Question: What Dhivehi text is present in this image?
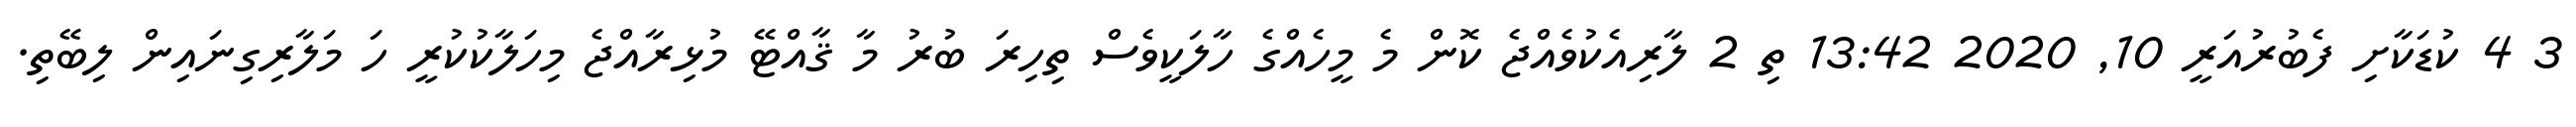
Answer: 3 4 ކުޑަކާށި ފެބުރުއަރީ 10, 2020 13:42 ތި 2 ލާރިއެކުވެއްޖެ ކޮން މެ މީހެއްގެ ހާލަކީވެސް ތިހިރަ ބުރު މާ ޤާއްޓޭ މުޅިރާއްޖެ މިހަލާކުކުރީ ހަ މަލާރިގިނައިން ލިބޭތި.